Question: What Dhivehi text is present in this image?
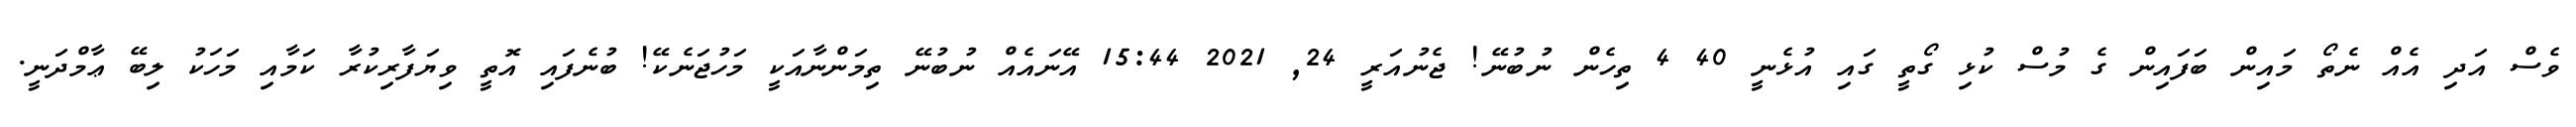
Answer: ވެސް އަދި އެއް ނެތޯ މައިން ބަފައިން ގެ މުސް ކުޅި ގޯތީ ގައި އުޅެނީ 40 4 ތިހެން ނުބުނޭ! ޖެނުއަރީ 24, 2021 15:44 އޭނައެއް ނުބުނޭ ތިމަންނާއަކީ މަހުޖަނެކޭ! ބުނެފައި އޮތީ ވިޔަފާރިކުރާ ކަމާއި މަހަކު ލިބޭ ޢާމްދަނީ.